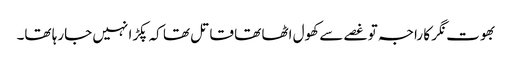
بھوت نگر کا راجہ تو غصے سے کھول اٹھا تھا قاتل تھا کہ پکڑا نہیں جارہا تھا۔